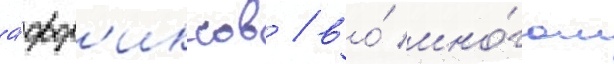
а́фф'иксов / во́ мно́гом